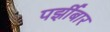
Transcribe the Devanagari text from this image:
पर्झीबार